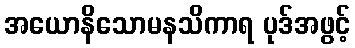
အယောနိသောမနသိကာရ ပုဒ်အဖွင့်